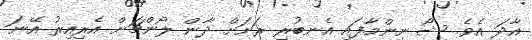
އާދަ އެވެ. ޝޯ ނިންމާފައި އެނބުރި ރަށަށް ދާން ލޯންޗަށް އެރިއިރު އޭނަ